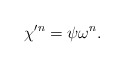
\begin{align*}\chi'^n = \psi \omega^n.\end{align*}